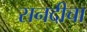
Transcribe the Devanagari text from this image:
सनदीचा